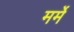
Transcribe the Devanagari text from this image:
मर्मे